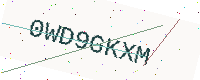
Text: 0WD9GKXM